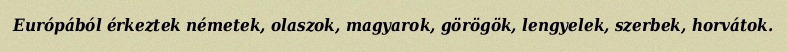
Európából érkeztek németek, olaszok, magyarok, görögök, lengyelek, szerbek, horvátok.